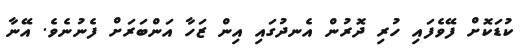
ކުޑަކޮށް ފޭވެފައި ހުރި ދޮރުން އެނދުގައި އިން ޒަހާ އަންބަރަށް ފެނުނެވެ. އޭނާ